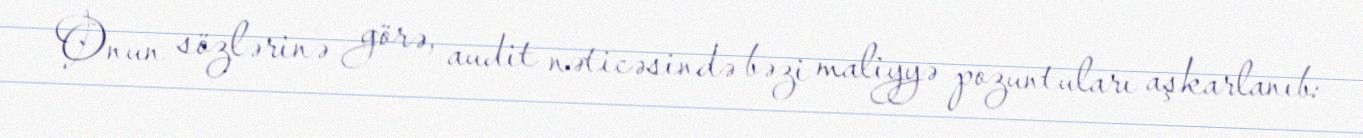
Onun sözlərinə görə, audit nəticəsində bəzi maliyyə pozuntuları aşkarlanıb: